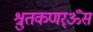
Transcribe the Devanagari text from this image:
श्रुतकणर्ॐसं